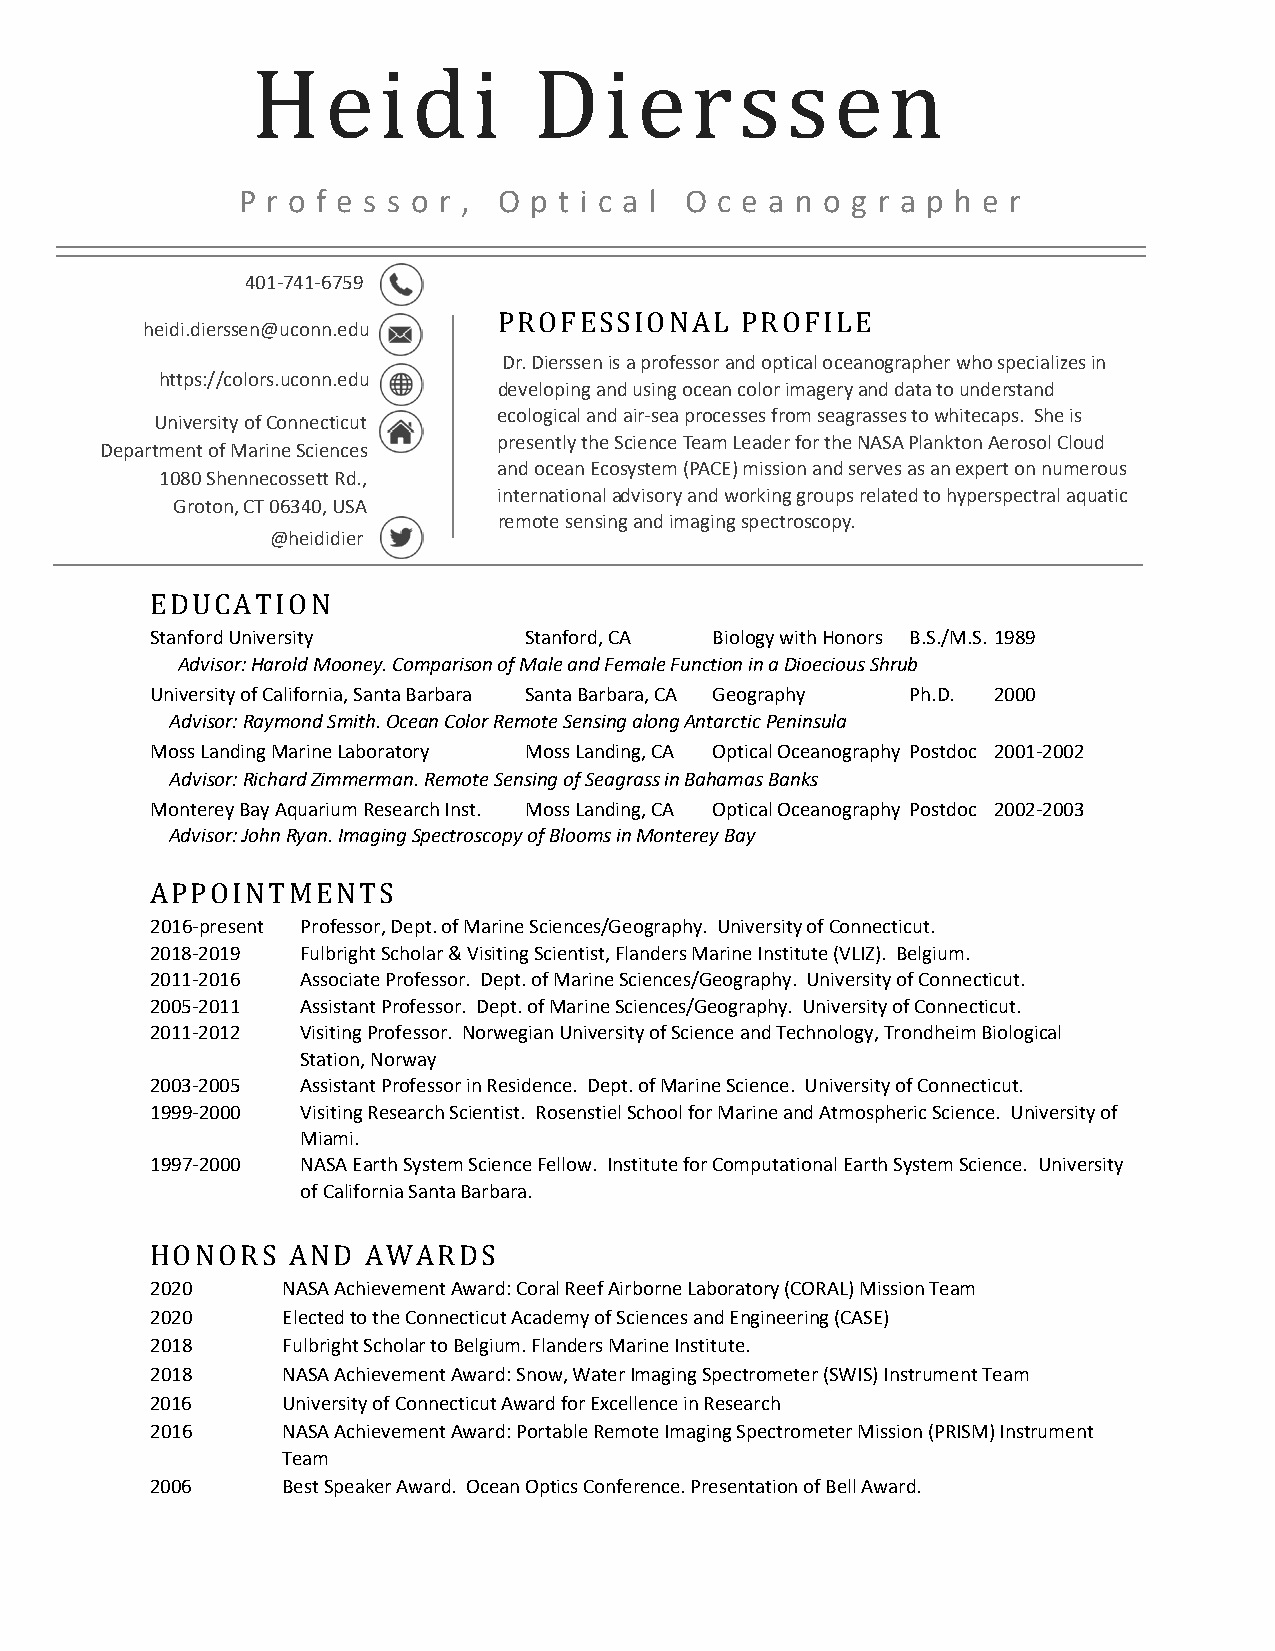
P r o f e s s o r , O p t i c a l O c e a n o g r a p h e r
 401-741-6759
 Heidi             Dierssen
 h eidi.dierssen@uconn.edu
 Dr. Dierssen is a professor and optical oceanographer who specializes in
 https://colors.uconn.edu PROFESSIONAL  PROFILE
 developing and using ocean color imagery and data to understand
 ecological an d air-sea processes from seagrasses to whitecaps. She is
 University of Connecticut
 presently the Science Team Leader for the NASA Plankton Aerosol Cloud
 Depar tment of Marine Sciences
 and ocean Ecosystem (PACE) mission and serves as an expert on numerous
 1080 Shennecossett Rd.,
 international advisory and working groups related to hyperspectral aquatic
 Groton, CT 06340, USA
 remote sensing and imaging spectroscopy.
 @heididier
 Stanford University      Stanford, CA Biology with Honors B.S./M.S. 1989
 EDAdUviCsoAr: HTarIoOld NMo oney. Comparison of Male and Female Function in a Dioecious Shrub
 University of California, Santa Barbara Santa Barbara, CA Geography Ph.D. 2000
 Advisor: Raymond Smith. Ocean Color Remote Sensing along Antarctic Peninsula
 Moss Landing Marine Laboratory Moss Landing, CA Optical Oceanography Postdoc 2001-2002
 Advisor: Richard Zimmerman. Remote Sensing of Seagrass in Bahamas Banks
 Monterey Bay Aquarium Research Inst. Moss Landing, CA Optical Oceanography Postdoc 2002-2003
 Advisor: John Ryan. Imaging Spectroscopy of Blooms in Monterey Bay
 2016-present Professor, Dept. of Marine Sciences/Geography. University of Connecticut.
 2A01P8P-20O19I NTMFuElbNrighTt SSc holar & Visiting Scientist, Flanders Marine Institute (VLIZ). Belgium.
 2011-2016 Associate Professor. Dept. of Marine Sciences/Geography. University of Connecticut.
 2005-2011 Assistant Professor. Dept. of Marine Sciences/Geography. University of Connecticut.
 2011-2012 Visiting Professor. Norwegian University of Science and Technology, Trondheim Biological
 Station, Norway
 2003-2005 Assistant Professor in Residence. Dept. of Marine Science. University of Connecticut.
 1999-2000 Visiting Research Scientist. Rosenstiel School for Marine and Atmospheric Science. University of
 Miami.
 1997-2000 NASA Earth System Science Fellow. Institute for Computational Earth System Science. University
 of California Santa Barbara.
 2020     NASA Achievement Award: Coral Reef Airborne Laboratory (CORAL) Mission Team
 H202O0 NORS EAlecNteDd t oA thWe CAonRneDcticSu t Academy of Sciences and Engineering (CASE)
 2018     Fulbright Scholar to Belgium. Flanders Marine Institute.
 2018     NASA Achievement Award: Snow, Water Imaging Spectrometer (SWIS) Instrument Team
 2016     University of Connecticut Award for Excellence in Research
 2016     NASA Achievement Award: Portable Remote Imaging Spectrometer Mission (PRISM) Instrument
 Team
 2006     Best Speaker Award. Ocean Optics Conference. Presentation of Bell Award.